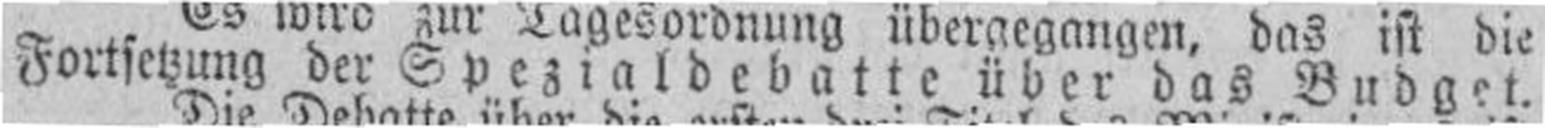
Fortsetzung der Speztaldebatte über das Budget.